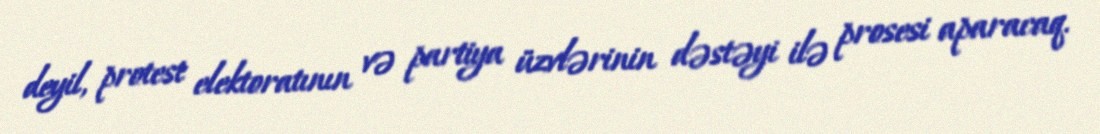
deyil, protest elektoratının və partiya üzvlərinin dəstəyi ilə prosesi aparacaq.